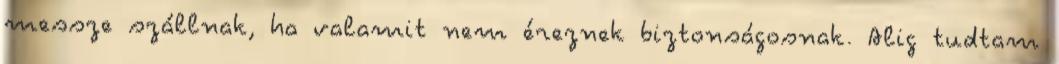
messze szállnak, ha valamit nem éreznek biztonságosnak. Alig tudtam